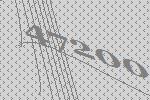
47200